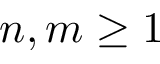
n , m \geq 1